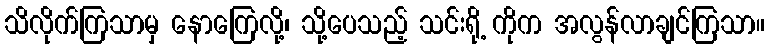
သိလိုက်ကြသာမှ နောကြေလို့၊ သို့ပေသည့် သင်းရို့ ကိုက အလွန်လာချင်ကြသာ။